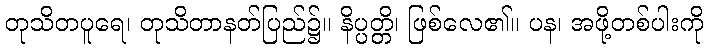
တုသိတပူရေ၊ တုသိတာနတ်ပြည်၌။ နိပ္ပတ္တိ၊ ဖြစ်လေ၏။ ပန၊ အဖို့တစ်ပါးကို